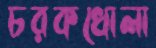
চরকখোলা